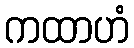
ကထာဟံ